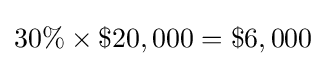
30\%\times \$20,000=\$6,000